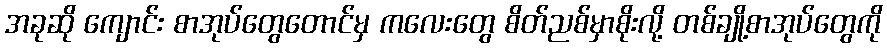
အခုဆို ကျောင်း စာအုပ်တွေတောင်မှ ကလေးတွေ စိတ်ညစ်မှာစိုးလို့ တစ်ချို့စာအုပ်တွေကို